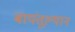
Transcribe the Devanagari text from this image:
बायंतूल्यान